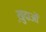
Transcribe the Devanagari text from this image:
ख़़ुदाओं